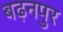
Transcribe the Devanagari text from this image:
बढ़नपुर